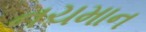
નચમાન